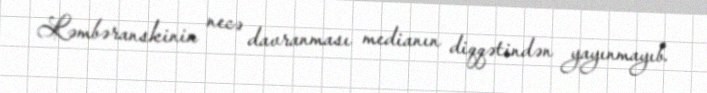
Ləmbəranskinin necə davranması medianın diqqətindən yayınmayıb.